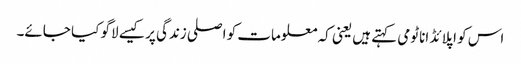
اس کو اپلائڈ اناٹومی کہتے ہیں یعنی کہ معلومات کو اصلی زندگی پر کیسے لاگو کیا جائے۔